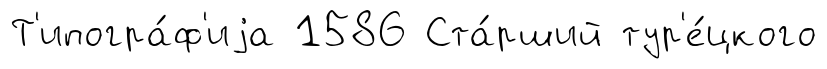
Т'ипогра́ф'иjа 1586 Ста́рший тур'е́цкого